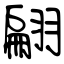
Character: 翩